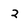
Character: 2